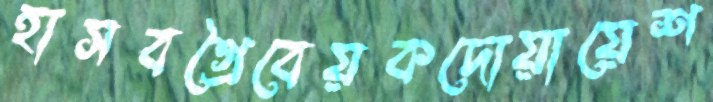
হাসবগ্রৈবেয়কদোয়ায়েশ